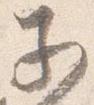
子